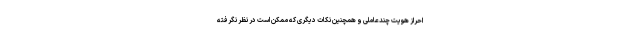
احراز هویت چندعاملی و همچنین نکات دیگری که ممکن است در نظر نگرفته